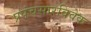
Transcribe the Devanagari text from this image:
प्रपंचसारविवेक